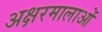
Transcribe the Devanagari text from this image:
अक्षरमालाओं